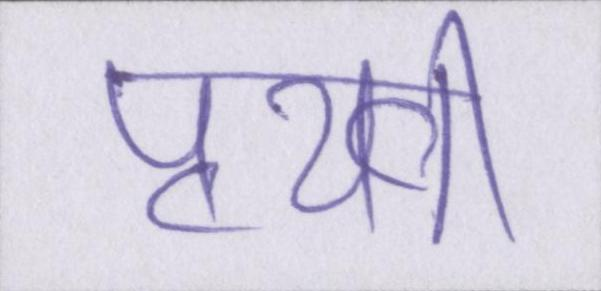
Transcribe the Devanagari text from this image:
पृथ्वी